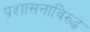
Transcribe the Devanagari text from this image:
प्रशासनाविरुद्ध